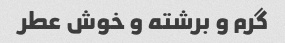
گرم و برشته و خوش عطر